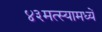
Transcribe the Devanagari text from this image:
४३मत्स्यामध्यें